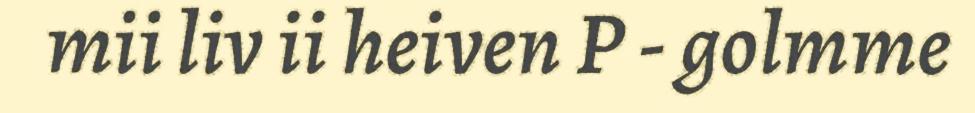
mii liv ii heiven P - golmme